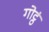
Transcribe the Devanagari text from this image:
गोट्ठं